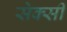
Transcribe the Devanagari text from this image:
सेक्‍सी